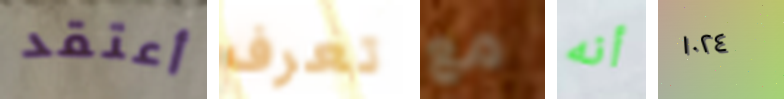
أعتقد تعرف مع أنه ١٠٢٤